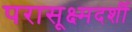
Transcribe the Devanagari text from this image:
परासूक्ष्मदर्शी